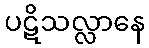
ပဋိသလ္လာနေ